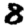
Digit: 8